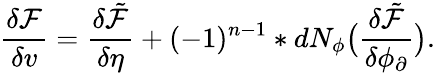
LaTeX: \frac{\delta\mathcal{F}}{\delta v}=\frac{\delta\tilde{\mathcal{F}}}{\delta\eta}+(-1)^{n-1}\ast dN_{\phi}\big(\frac{\delta\tilde{\mathcal{F}}}{\delta\phi_{\partial}}\big).